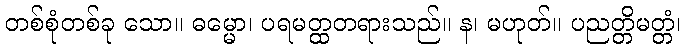
တစ်စုံတစ်ခု သော။ ဓမ္မော၊ ပရမတ္ထတရားသည်။ န၊ မဟုတ်။ ပညတ္တိမတ္တံ၊